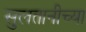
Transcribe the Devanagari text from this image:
सुलतानीच्या